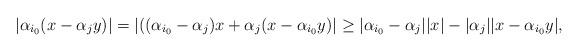
LaTeX: \begin{align*} |\alpha_{i_0}(x-\alpha_jy)| = |((\alpha_{i_0} - \alpha_j)x+ \alpha_j(x-\alpha_{i_0}y)| \geq |\alpha_{i_0}- \alpha_j||x| - |\alpha_j||x - \alpha_{i_0}y|, \end{align*}